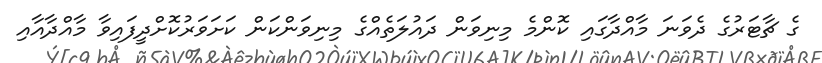
ގެ ޗާޓަރުގެ ދެވަނަ މާއްދާގައި ކޮންމެ މިނިވަން ދައުލަތެއްގެ މިނިވަންކަން ކަށަވަރުކޮށްދީފައިވާ މާއްދާއާއި